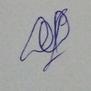
Signature authenticity: genuine